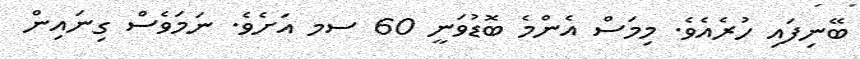
ބޭނިފައި ހުރެއެވެ. މިމަސް އެންމެ ބޮޑުވަނީ 60 ސމ އަށެވެ. ނަމަވެސް ގިނައިން